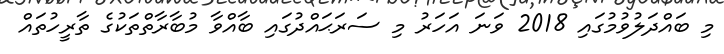
މި ބައްދަލުވުމުގައި 2018 ވަނަ އަހަރު މި ސަރަޙައްދުގައި ބާއްވާ މުބާރާތްތަކުގެ ތާރީހުތައް